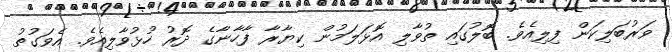
ވަރުބަލިކަން ފިލިއެވެ. ބޮލުގައި ތުވާލި އޮޅަލަމުން ކިޔާރާ ފާހާނާގެ ދޮރު ހުޅުވާލިއެވެ. އެވަގުތު